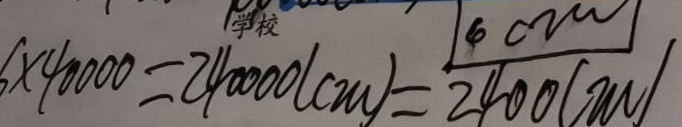
6 \times 4 0 0 0 0 = 2 4 0 0 0 0 ( c m ) = \frac { 1 4 0 0 0 } { 2 4 0 0 ( m ) }